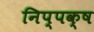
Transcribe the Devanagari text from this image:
निप्पक्ष